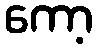
ကော့